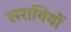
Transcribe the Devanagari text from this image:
सरायियों